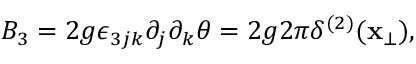
B _ { 3 } = 2 g \epsilon _ { 3 j k } \partial _ { j } \partial _ { k } \theta = 2 g 2 \pi \delta ^ { ( 2 ) } ( { \bf x } _ { \bot } ) ,